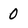
Character: 0